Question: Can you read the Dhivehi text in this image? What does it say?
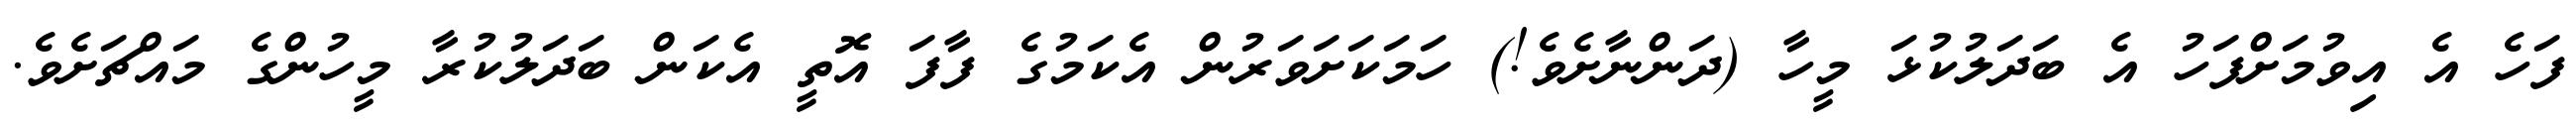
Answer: ފަހެ އެ އިވުމަށްފަހު އެ ބަދަލުކުޅަ މީހާ (ދަންނާށެވެ!) ހަމަކަށަވަރުން އެކަމުގެ ފާފަ އޮތީ އެކަން ބަދަލުކުރާ މީހުންގެ މައްޗަށެވެ.